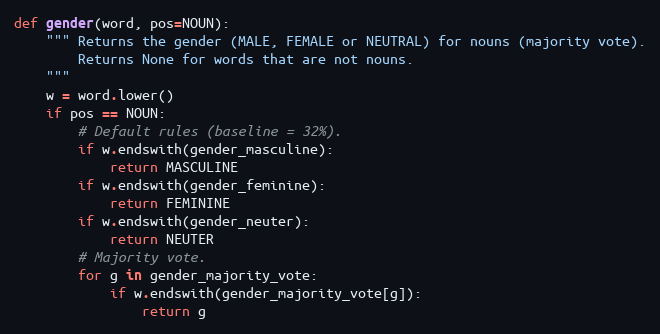
Language: Python
def gender(word, pos=NOUN):
    """ Returns the gender (MALE, FEMALE or NEUTRAL) for nouns (majority vote).
        Returns None for words that are not nouns.
    """
    w = word.lower()
    if pos == NOUN:
        # Default rules (baseline = 32%).
        if w.endswith(gender_masculine):
            return MASCULINE
        if w.endswith(gender_feminine):
            return FEMININE
        if w.endswith(gender_neuter):
            return NEUTER
        # Majority vote.
        for g in gender_majority_vote:
            if w.endswith(gender_majority_vote[g]):
                return g